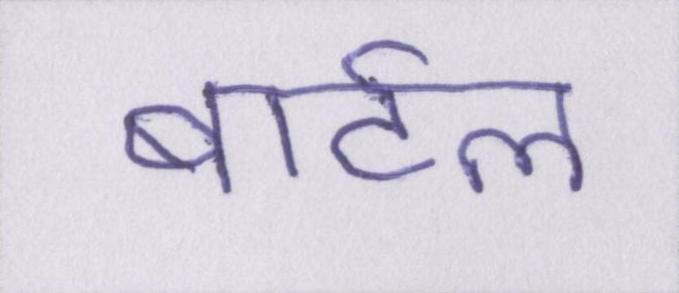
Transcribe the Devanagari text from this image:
बार्टल